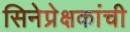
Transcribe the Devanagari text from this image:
सिनेप्रेक्षकांची